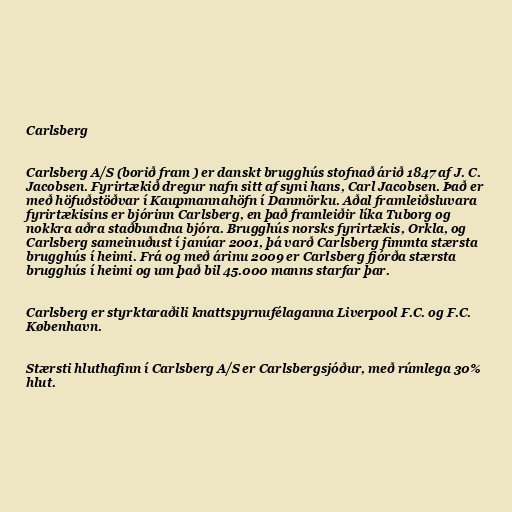
Carlsberg

Carlsberg A/S (borið fram ) er danskt brugghús stofnað árið 1847 af J. C.
Jacobsen. Fyrirtækið dregur nafn sitt af syni hans, Carl Jacobsen. Það er
með höfuðstöðvar í Kaupmannahöfn í Danmörku. Aðal framleiðsluvara
fyrirtækisins er bjórinn Carlsberg, en það framleiðir líka Tuborg og
nokkra aðra staðbundna bjóra. Brugghús norsks fyrirtækis, Orkla, og
Carlsberg sameinuðust í janúar 2001, þá varð Carlsberg fimmta stærsta
brugghús í heimi. Frá og með árinu 2009 er Carlsberg fjórða stærsta
brugghús í heimi og um það bil 45.000 manns starfar þar.

Carlsberg er styrktaraðili knattspyrnufélaganna Liverpool F.C. og F.C.
København.

Stærsti hluthafinn í Carlsberg A/S er Carlsbergsjóður, með rúmlega 30%
hlut.